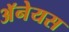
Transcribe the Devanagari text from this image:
अॅनेयस